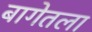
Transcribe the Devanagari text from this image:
बागेतला